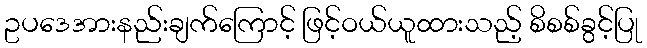
ဥပဒေအားနည်းချက်ကြောင့် ဖြင့်ဝယ်ယူထားသည့် စိစစ်ခွင့်ပြု